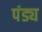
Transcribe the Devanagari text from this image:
पंड्य